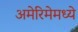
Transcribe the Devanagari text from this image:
अमेरिमेमध्ये